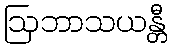
ဩဘာသယန္တီ